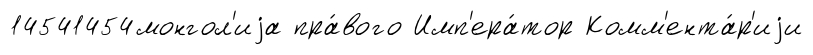
14541454монгол'иjа пра́вого Имп'ера́тор Комм'ента́р'иjи